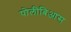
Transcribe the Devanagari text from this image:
पोलीबिआस